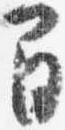
間